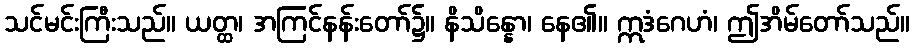
သင်မင်းကြီးသည်။ ယတ္ထ၊ အကြင်နန်းတော်၌။ နိသိန္နော၊ နေ၏။ ဣဒံဂေဟံ၊ ဤအိမ်တော်သည်။